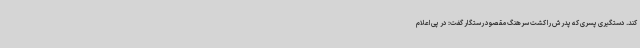
کند. دستگیری پسری که پدرش را کشت سرهنگ مقصود رستگار گفت: در پی اعلام